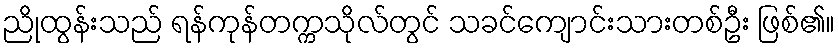
ညိုထွန်းသည် ရန်ကုန်တက္ကသိုလ်တွင် သခင်ကျောင်းသားတစ်ဦး ဖြစ်၏။